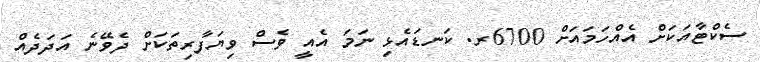
ސެކްޓާއަކަށް އެއްހަމައަށް 6700ރ. ކަނޑައެޅި ނަމަ އެއީ ވެސް ވިޔަފާރިތަކަށް ދެވޭނެ އަދަދެއް